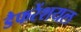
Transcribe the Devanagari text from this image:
डैफरेंशयल